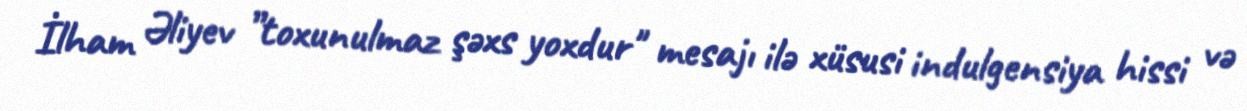
İlham Əliyev ”toxunulmaz şəxs yoxdur" mesajı ilə xüsusi indulgensiya hissi və